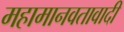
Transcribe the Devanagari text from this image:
महामानवतावादी